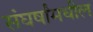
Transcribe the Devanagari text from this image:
संघर्षांमधील